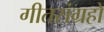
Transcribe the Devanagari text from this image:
गीतसंग्रहों